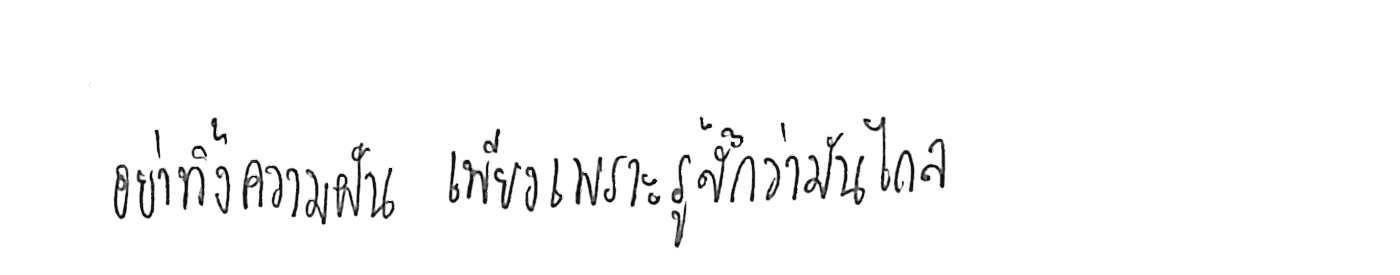
อย่าทิ้งความฝัน เพียงเพราะรู้สึกว่ามันไกล